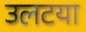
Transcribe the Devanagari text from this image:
उलटया